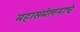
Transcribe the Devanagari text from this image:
महासंमेलनाचे